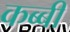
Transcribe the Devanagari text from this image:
कब्बी